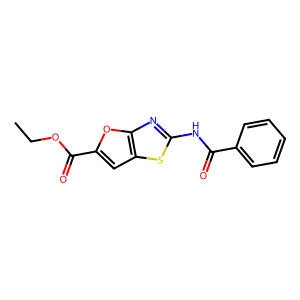
SMILES: CCOC(=O)c1cc2sc(NC(=O)c3ccccc3)nc2o1
Inhibits HIV replication: No